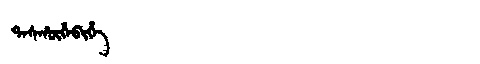
Manchu: ᡨᠠᠰᡥᡡᡥᠠᠪᡳᡥᡝ
Romanization: TASHŪHABIHE